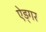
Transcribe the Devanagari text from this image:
ऐड्गर